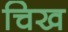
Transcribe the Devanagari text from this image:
चिख